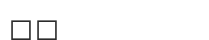
٤٨